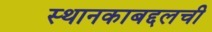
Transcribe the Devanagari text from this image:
स्थानकाबद्दलची